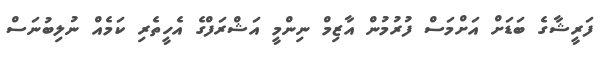
ފަރީޝާގެ ބަޑަށް އަށްމަސް ފުރުމުން އާޒިމް ނިންމީ އަޝްރަފްގެ އެހީތެރި ކަމެއް ނުލިބުނަސް